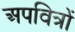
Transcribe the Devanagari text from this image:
अपवित्रों